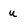
Character: u